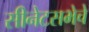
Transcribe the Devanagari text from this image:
सीनेटसभेचे